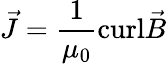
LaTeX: {\vec{J}}={\frac{1}{\mu_{0}}}\mathrm{curl}{\vec{B}}